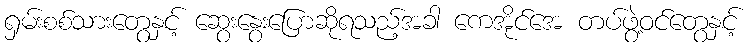
ရှမ်းစစ်သားတွေနှင့် ဆွေးနွေးပြောဆိုရသည့်အခါ ကေအိုင်အေ တပ်ဖွဲ့ဝင်တွေနှင့်